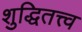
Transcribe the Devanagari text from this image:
शुद्धितत्त्व